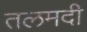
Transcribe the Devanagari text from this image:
तलमदी